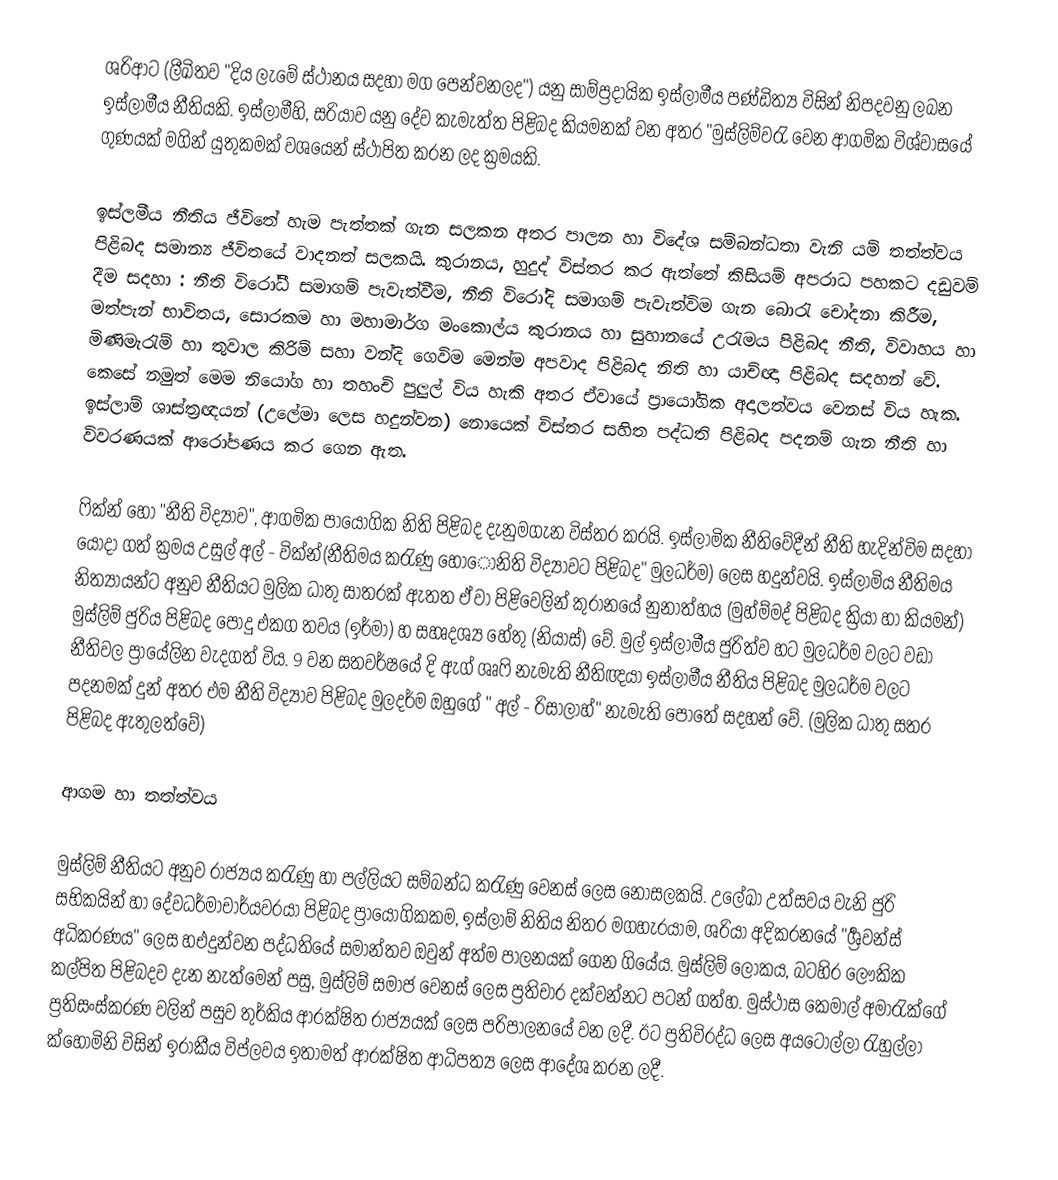
ශරිආට (ලීඛිතව "දිය ලැමේ ස්ථානය සදහා මග පෙන්වනලද") යනු සාම්ප්‍රදායික ඉස්ලාමීය පණ්ඩිත්‍ය විසින් නිපදවනු ලබන ඉස්ලාමීය නීතියකි. ඉස්ලාමීහි, සරියාව යනු දේව කැමැත්ත පිළිබද කියමනක් වන අතර "මුස්ලිම්වරැ වෙන ආගමික විශ්වාසයේ ගුණයක් මගින් යුතුකමක් වශයෙන් ස්ථාපිත කරන ලද ක්‍රමයකි.

ඉස්ලමීය නීතිය ජීවිතේ හැම පැත්තක් ගැන සලකන අතර පාලන හා විදේශ සම්බන්ධතා වැනි යම් තත්ත්වය පිළිබද සමාන්‍ය ජීවිතයේ වාදනත් සලකයි. කුරානය, හුදුද් විස්තර කර ඇත්තේ කිසියම් අපරාධ පහකට දඩුවම් දීම සදහා : නීති විරෝධී සමාගම් පැවැත්වීම, නීති විරෝදි සමාගම් පැවැත්විම ගැන බොරැ චෝදනා කිරීම, මත්පැන් භාවිතය, සොරකම හා මහාමාර්ග මංකොල්ය කුරානය හා සුහානයේ උරැමය පිළිබද නීති, විවාහය හා මිණිමැරැම් හා තුවාල කිරිම් සහා වන්දි ගෙවිම මෙන්ම අපවාද පිළිබද නිති හා යාච්ඥා පිළිබද සදහන් වේ. කෙසේ නමුත් මෙම නියෝග හා තහංචි පුලුල් විය හැකි අතර ඒවායේ ප්‍රායෝගික අදාලත්වය වෙනස් විය හැක. ඉස්ලාම් ශාස්ත්‍රඥයන් (උලේමා ලෙස හදුන්වන) නොයෙක් විස්තර සහිත පද්ධති පිළිබද පදනම් ගැන නීති හා විවරණයක් ආරෝපණය කර ගෙන ඇත.

ෆික්න් හෝ "නීති විද්‍යාව", ආගමික පායෝගික නිති පිළිබද දැනුමගැන විස්තර කරයි. ඉස්ලාමික නීතිවේදීන් නීති හැදින්විම සදහා යොදා ගත් ක්‍රමය උසුල් අල් - වික්න්(නීතිමය කරැණු හොෝනිති විද්‍යාවට පිළිබද" මුලධර්ම) ලෙස හදුන්වයි. ඉස්ලාමිය නීතිමය නිත්‍යායන්ට අනුව නීතියට මුලික ධාතු සාතරක් ඇතත ඒ වා පිළිවෙලින් කුරානයේ නුනාත්හය (මුහ්ම්මද් පිළිබද ක්‍රියා හා කියමන්) මුස්ලිම් ජුරිය පිළිබද පොදු එකග තවය (ඉර්මා) හ සහෘදශ්‍ය හේතු (නියාස්) වේ. මුල් ඉස්ලාමීය ජුරිත්ව හට මුලධර්ම වලට වඩා නීතිවල ප්‍රායේලින වැදගත් විය. 9 වන සතවර්ෂයේ දි ඇග් ශෘෆි නැමැති නීතිඥයා ඉස්ලාමීය නීතිය පිළිබද මුලධර්ම වලට පදනමක් දුන් අතර එම නීති විද්‍යාව පිළිබද මුලදර්ම ඔහුගේ " අල් - රිසාලාහ්" නැමැති පොතේ සදහන් වේ. (මුලික ධාතු සතර පිළිබද ඇතුලත්වේ)

ආගම හා තත්ත්වය

මුස්ලිම් නීතියට අනුව රාජ්‍යය කරැණු හා පල්ලියට සම්බන්ධ කරැණු වෙනස් ලෙස නොසලකයි. උලේඛා උත්සවය වැනි ජුරි සභිකයින් හා දේවධර්මාචාර්යවරයා පිළිබද ප්‍රායෝගිකකම, ඉස්ලාම් නිතිය නිතර මගහැරයාම, ශරියා අදිකරනයේ "ර්‍ශ්‍රවන්ස් අධිකරණය" ලෙස හඑදුන්වන පද්ධතියේ සමාන්තව ඔවුන් අත්ම පාලනයක් ගෙන ගියේය. මුස්ලිම් ලෝකය, බටහිර ලෞකික කල්පිත පිළිබදව දැන නැත්මෙන් පසු, මුස්ලිම් සමාජ වෙනස් ලෙස ප්‍රතිචාර දක්වන්නට පටන් ගත්හ. මුස්ථාස කෙමාල් අමාරැක්ගේ ප්‍රතිසංස්කරණ වලින් පසුව තුර්කිය ආරක්ෂිත රාජ්‍යයක් ලෙස පරිපාලනයේ වන ලදී. ඊට ප්‍රතිවිරද්ධ ලෙස අයටොල්ලා රැහුල්ලා ක්හෝමිනි විසින් ඉරාකීය විප්ලවය ඉතාමත් ආරක්ෂිත ආධිපත්‍ය ලෙස ආදේශ කරන ලදී.